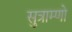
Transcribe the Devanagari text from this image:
सुत्राम्णो